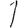
Digit: 1